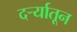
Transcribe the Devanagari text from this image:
दर्र्‍यातून